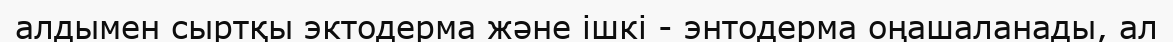
алдымен сыртқы эктодерма және ішкі - энтодерма оңашаланады, ал